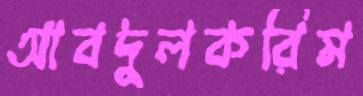
আবদুলকরিম